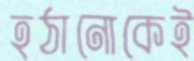
হঠানোকেই